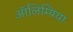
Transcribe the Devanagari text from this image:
ऑलिम्पिया